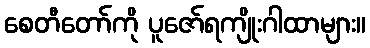
စေတီတော်ကို ပူဇော်ရကျိုးဂါထာများ။